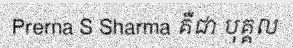
Prerna S Sharma គឺជា បុគ្គល